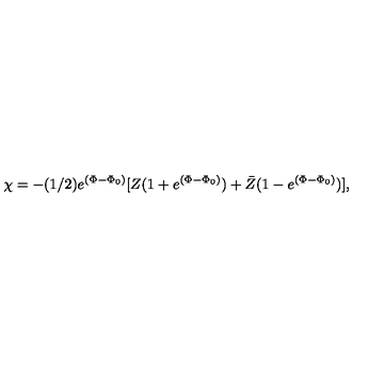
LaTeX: \chi = - ( 1 / 2 ) e ^ { ( \Phi - \Phi _ { 0 } ) } [ Z ( 1 + e ^ { ( \Phi - \Phi _ { 0 } ) } ) + \bar { Z } ( 1 - e ^ { ( \Phi - \Phi _ { 0 } ) } ) ] ,